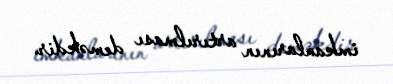
imkanlarının artırılması deməkdir.